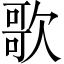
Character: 歌